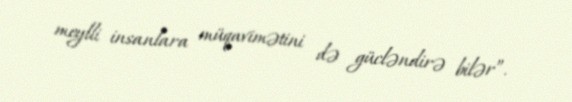
meylli insanlara müqavimətini də gücləndirə bilər”.